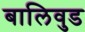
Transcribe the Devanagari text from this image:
बालिवुड